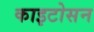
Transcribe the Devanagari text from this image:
काइटोसन